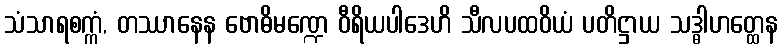
သံသာရစက္ကံ, တဿာနေန ဗောဓိမဏ္ဍေ ဝီရိယပါဒေဟိ သီလပထဝိယံ ပတိဋ္ဌာယ သဒ္ဓါဟတ္ထေန